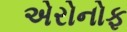
એરોનોફ